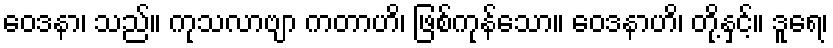
ဝေဒနာ၊ သည်။ ကုသလာဗျာ ကတာဟိ၊ ဖြစ်ကုန်သော။ ဝေဒနာဟိ၊ တို့နှင့်။ ဒူရေ၊